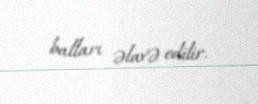
balları əlavə edilir.